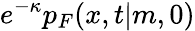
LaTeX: e^{-\kappa}p_{F}(x,t|m,0)